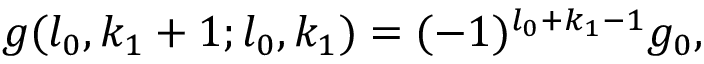
g ( l _ { 0 } , k _ { 1 } + 1 ; l _ { 0 } , k _ { 1 } ) = ( - 1 ) ^ { l _ { 0 } + k _ { 1 } - 1 } g _ { 0 } ,